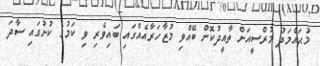
މުޙައްމަދު މުރްސީއަށް ތާއީދުކޮށް ބޭއްވި މުޒާހަރާއެއްގައި ބައިވެރި ވި ކަމުގެ ކުށުގައި ސާދަ